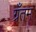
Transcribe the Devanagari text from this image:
ग्रँतम